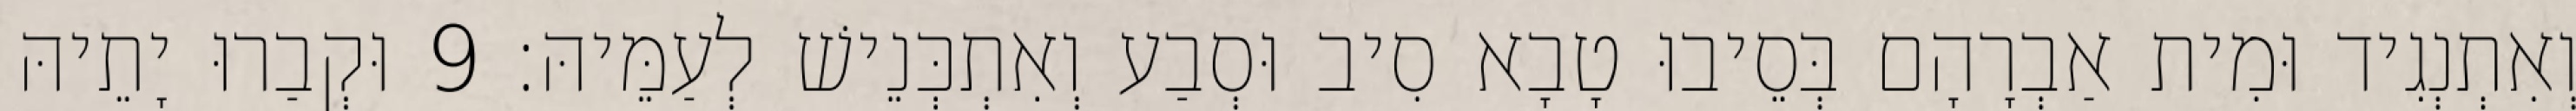
וְאִתְנְגִיד וּמִית אַבְרָהָם בְּסֵיבוּ טָבָא סִיב וּסְבַע וְאִתְכְּנֵישׁ לְעַמֵּיהּ׃ 9 וּקְבַרוּ יָתֵיהּ